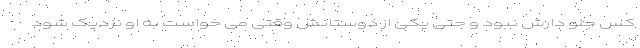
کس جلو دارش نبود و حتی یکی از دوستانش وقتی می خواست به او نزدیک شود